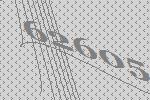
62605